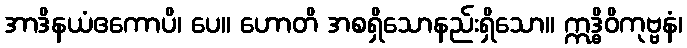
အာဒိနယံဧကောပိ၊ ပေ။ ဟောတိ အစရှိသောနည်းရှိသော။ ဣဒ္ဓိဝိကုဗ္ဗနံ၊